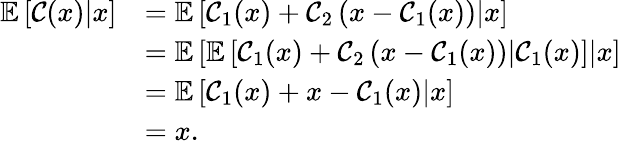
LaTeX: \begin{array}{rl}{\mathbb{E}\left[\mathcal{C}(x)\middle|x\right]}&{=\mathbb{E}\left[\mathcal{C}_{1}(x)+\mathcal{C}_{2}\left(x-\mathcal{C}_{1}(x)\right)\middle|x\right]}\\ &{=\mathbb{E}\left[\mathbb{E}\left[\mathcal{C}_{1}(x)+\mathcal{C}_{2}\left(x-\mathcal{C}_{1}(x)\right)\middle|\mathcal{C}_{1}(x)\right]\middle|x\right]}\\ &{=\mathbb{E}\left[\mathcal{C}_{1}(x)+x-\mathcal{C}_{1}(x)\middle|x\right]}\\ &{=x.}\end{array}